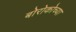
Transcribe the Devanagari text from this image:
बोरोकोच्या